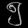
Digit: ၅